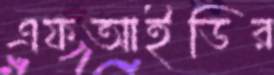
এফআইডির